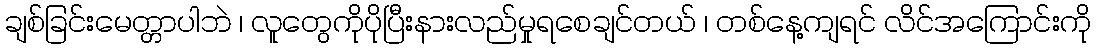
ချစ်ခြင်းမေတ္တာပါဘဲ ၊ လူတွေကိုပိုပြီးနားလည်မှုရစေချင်တယ် ၊ တစ်နေ့ကျရင် လိင်အကြောင်းကို